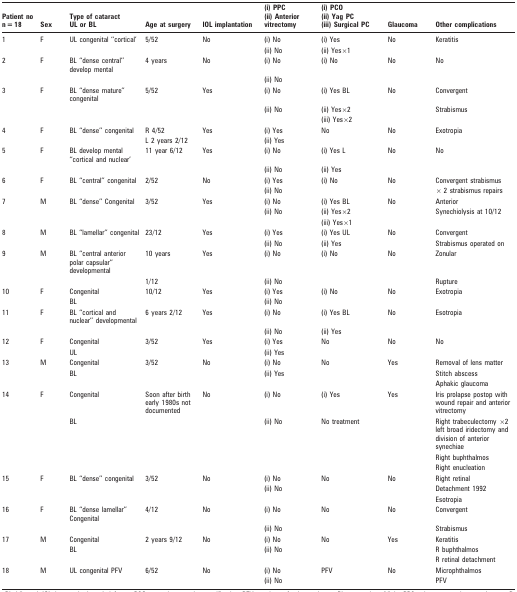
<table><thead><tr><td rowspan="3"><b>Patient no n = 18</b></td><td rowspan="3"><b>Sex</b></td><td rowspan="3"><b>Type of cataract UL or BL</b></td><td rowspan="3"><b>Age at surgery</b></td><td rowspan="3"><b>IOL implantation</b></td><td><b>(i) PPC</b></td><td><b>(i) PCO</b></td><td rowspan="3"><b>Glaucoma</b></td><td rowspan="3"><b>Other complications</b></td></tr><tr><td rowspan="2"><b>(ii) Anterior vitrectomy</b></td><td><b>(ii) Yag PC</b></td></tr><tr><td><b>(iii) Surgical PC</b></td></tr></thead><tbody><tr><td>1</td><td>F</td><td>UL congenital “cortical’</td><td>5/52</td><td>No</td><td>(i) No</td><td>(i) Yes</td><td>No</td><td>Keratitis</td></tr><tr><td></td><td></td><td></td><td></td><td></td><td>(ii) No</td><td>(ii) Yes×1</td><td></td><td></td></tr><tr><td>2</td><td>F</td><td>BL “dense central” develop mental</td><td>4 years</td><td>No</td><td>(i) No</td><td>(i) No</td><td>No</td><td>No</td></tr><tr><td></td><td></td><td></td><td></td><td></td><td>(ii) No</td><td></td><td></td><td></td></tr><tr><td>3</td><td>F</td><td>BL “dense mature” congenital</td><td>5/52</td><td>Yes</td><td>(i) No</td><td>(i) Yes BL</td><td>No</td><td>Convergent</td></tr><tr><td></td><td></td><td></td><td></td><td></td><td>(ii) No</td><td>(ii) Yes×2</td><td></td><td>Strabismus</td></tr><tr><td></td><td></td><td></td><td></td><td></td><td></td><td>(iii) Yes×2</td><td></td><td></td></tr><tr><td>4</td><td>F</td><td>BL “dense” congenital</td><td>R 4/52</td><td>Yes</td><td>(i) Yes</td><td>No</td><td>No</td><td>Exotropia</td></tr><tr><td></td><td></td><td></td><td>L 2 years 2/12</td><td></td><td>(ii) Yes</td><td></td><td></td><td></td></tr><tr><td>5</td><td>F</td><td>BL develop mental “cortical and nuclear’</td><td>11 year 6/12</td><td>Yes</td><td>(i) No</td><td>(i) Yes L</td><td>No</td><td>No</td></tr><tr><td></td><td></td><td></td><td></td><td></td><td>(ii) No</td><td>(ii) Yes</td><td></td><td></td></tr><tr><td>6</td><td>F</td><td>BL “central” congenital</td><td>2/52</td><td>No</td><td>(i) Yes</td><td>(i) No</td><td>No</td><td>Convergent strabismus</td></tr><tr><td></td><td></td><td></td><td></td><td></td><td>(ii) No</td><td></td><td></td><td>× 2 strabismus repairs</td></tr><tr><td>7</td><td>M</td><td>BL “dense” Congenital</td><td>3/52</td><td>Yes</td><td>(i) No</td><td>(i) Yes BL</td><td>No</td><td>Anterior</td></tr><tr><td></td><td></td><td></td><td></td><td></td><td>(ii) No</td><td>(ii) Yes×2</td><td></td><td>Synechiolysis at 10/12</td></tr><tr><td></td><td></td><td></td><td></td><td></td><td></td><td>(iii) Yes×1</td><td></td><td></td></tr><tr><td>8</td><td>M</td><td>BL “lamellar” congenital</td><td>23/12</td><td>Yes</td><td>(i) Yes</td><td>(i) Yes UL</td><td>No</td><td>Convergent</td></tr><tr><td></td><td></td><td></td><td></td><td></td><td>(ii) No</td><td>(ii) Yes</td><td></td><td>Strabismus operated on</td></tr><tr><td>9</td><td>M</td><td>BL “central anterior polar capsular” developmental</td><td>10 years</td><td>Yes</td><td>(i) No</td><td>(i) No</td><td>No</td><td>Zonular</td></tr><tr><td></td><td></td><td></td><td>1/12</td><td></td><td>(ii) No</td><td></td><td></td><td>Rupture</td></tr><tr><td>10</td><td>F</td><td>Congenital</td><td>10/12</td><td>Yes</td><td>(i) Yes</td><td>(i) No</td><td>No</td><td>Exotropia</td></tr><tr><td></td><td></td><td>BL</td><td></td><td></td><td>(ii) No</td><td></td><td></td><td></td></tr><tr><td>11</td><td>F</td><td>BL “cortical and nuclear” developmental</td><td>6 years 2/12</td><td>Yes</td><td>(i) No</td><td>(i) Yes BL</td><td>No</td><td>Esotropia</td></tr><tr><td></td><td></td><td></td><td></td><td></td><td>(ii) No</td><td>(ii) Yes</td><td></td><td></td></tr><tr><td>12</td><td>F</td><td>Congenital</td><td>3/52</td><td>Yes</td><td>(i) Yes</td><td>No</td><td>No</td><td>No</td></tr><tr><td></td><td></td><td>UL</td><td></td><td></td><td>(ii) Yes</td><td></td><td></td><td></td></tr><tr><td>13</td><td>M</td><td>Congenital</td><td>3/52</td><td>No</td><td>(i) No</td><td>No</td><td>Yes</td><td>Removal of lens matter</td></tr><tr><td></td><td></td><td>BL</td><td></td><td></td><td>(ii) Yes</td><td></td><td></td><td>Stitch abscess</td></tr><tr><td></td><td></td><td></td><td></td><td></td><td></td><td></td><td></td><td>Aphakic glaucoma</td></tr><tr><td>14</td><td>F</td><td>Congenital</td><td>Soon after birth early 1980s not documented</td><td>No</td><td>(i) No</td><td>(i) Yes</td><td>Yes</td><td>Iris prolapse postop with wound repair and anterior vitrectomy</td></tr><tr><td></td><td></td><td>BL</td><td></td><td></td><td>(ii) No</td><td>No treatment</td><td></td><td>Right trabeculectomy ×2 left broad iridectomy and division of anterior synechiae</td></tr><tr><td></td><td></td><td></td><td></td><td></td><td></td><td></td><td></td><td>Right buphthalmos</td></tr><tr><td></td><td></td><td></td><td></td><td></td><td></td><td></td><td></td><td>Right enucleation</td></tr><tr><td>15</td><td>F</td><td>BL “dense” congenital</td><td>3/52</td><td>No</td><td>(i) No</td><td>No</td><td>No</td><td>Right retinal</td></tr><tr><td></td><td></td><td></td><td></td><td></td><td>(ii) No</td><td></td><td></td><td>Detachment 1992</td></tr><tr><td></td><td></td><td></td><td></td><td></td><td></td><td></td><td></td><td>Esotropia</td></tr><tr><td>16</td><td>F</td><td>BL “dense lamellar” Congenital</td><td>4/12</td><td>No</td><td>(i) No</td><td>No</td><td>No</td><td>Convergent</td></tr><tr><td></td><td></td><td></td><td></td><td></td><td>(ii) No</td><td></td><td></td><td>Strabismus</td></tr><tr><td>17</td><td>M</td><td>Congenital</td><td>2 years 9/12</td><td>No</td><td>(i) No</td><td>No</td><td>Yes</td><td>Keratitis</td></tr><tr><td></td><td></td><td>BL</td><td></td><td></td><td>(ii) No</td><td></td><td></td><td>R buphthalmos</td></tr><tr><td></td><td></td><td></td><td></td><td></td><td></td><td></td><td></td><td>R retinal detachment</td></tr><tr><td>18</td><td>M</td><td>UL congenital PFV</td><td>6/52</td><td>No</td><td>(i) No</td><td>PFV</td><td>No</td><td>Microphthalmos</td></tr><tr><td></td><td></td><td></td><td></td><td></td><td>(ii) No</td><td></td><td></td><td>PFV</td></tr></tbody></table>